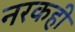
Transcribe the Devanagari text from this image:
नरकही